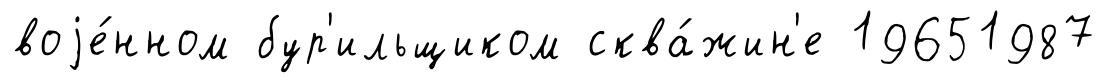
воjе́нном бур'ильщиком сква́жин'е 19651987